Vaccination in Burma 1920-1933 - 1920-1933
Year: 1920
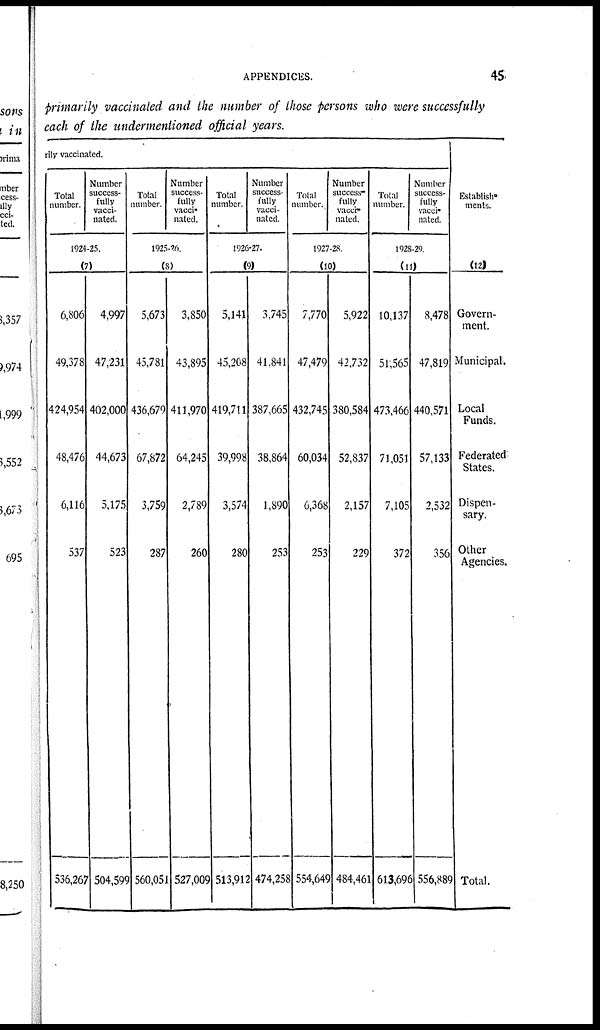
APPENDICES.
45
primarily vaccinated and the number of those persons who were successfully
each of the undermentioned official years.
rily vaccinated.
Total
number.
Number
success-
fully
vacci-
nated.
1924-25.
(7)
6,806
49,378
424,954
48,476
6,116
537
536,267
4,997
47,231
402,000
44,673
5,175
523
504,599
Total
number.
Number
success-
fully
vacci-
nated.
1925-26
(8)
5,673
45,781
436,679
67,872
3,759
287
560,051
3,850
43,895
411,970
64,245
2,789
260
527,009
Total
number.
Number
success-
fully
vacci-
nated.
1926-27.
(9)
5,141
45,208
419,711
39,998
3,574
280
513,912
3,745
41,841
387,665
38,864
1,890
253
474,258
Total
number.
Number
success-
fully
vacci-
nated.
1927-28.
(10)
7,770
47,479
432,745
60,034
6,368
253
554,649
5,922
42,732
380,584
52,837
2,157
229
484,461
Total
number.
Number
success-
fully
vacci-
nated.
1928-29
(11)
10,137
51,565
473,466
71,051
7,105
372
613,696
8,478
47,819
440,571
57,133
2,532
356
556,889
Establish-
ments.
(12)
Govern-
ment.
Municipal.
Local
Funds.
Federated
States.
Dispen-
sary.
Other
Agencies.
Total.